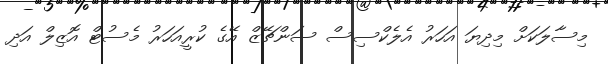
މިސާލަކަށް މިދިޔަ އަހަރު އެލެކްސިސް ސަންޗޭޒް އޭގެ ކުރީއަހަރު މެސުޓް އޮޒިލް އަދި